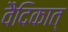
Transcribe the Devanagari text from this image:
वैदिकात्